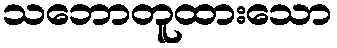
သဘောတူထားသော